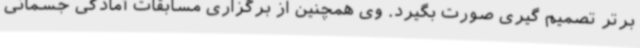
برتر تصمیم گیری صورت بگیرد. وی همچنین از برگزاری مسابقات آمادگی جسمانی